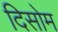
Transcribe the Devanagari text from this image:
दिसोम